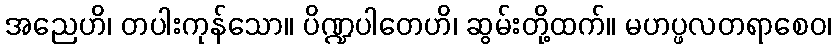
အညေဟိ၊ တပါးကုန်သော။ ပိဏ္ဍပါတေဟိ၊ ဆွမ်းတို့ထက်။ မဟပ္ဖလတရာစေဝ၊